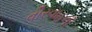
વીરવાહની